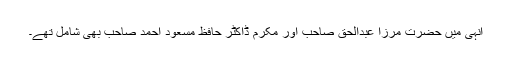
انہی میں حضرت مرزا عبدالحق صاحب اور مکرم ڈاکٹر حافظ مسعود احمد صاحب بھی شامل تھے۔